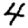
Digit: 4